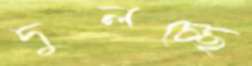
দুলচ্ছে